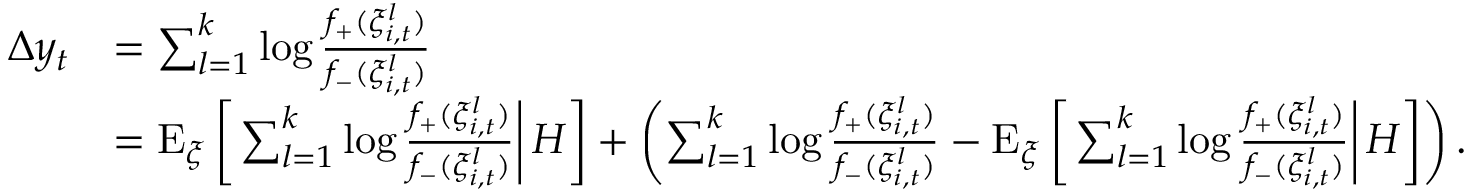
\begin{array} { r l } { \Delta y _ { t } } & { = \sum _ { l = 1 } ^ { k } \log \frac { f _ { + } ( \xi _ { i , t } ^ { l } ) } { f _ { - } ( \xi _ { i , t } ^ { l } ) } } \\ & { = \mathrm { E } _ { \xi } \left[ \left. \sum _ { l = 1 } ^ { k } \log \frac { f _ { + } ( \xi _ { i , t } ^ { l } ) } { f _ { - } ( \xi _ { i , t } ^ { l } ) } \right| H \right] + \left( \sum _ { l = 1 } ^ { k } \log \frac { f _ { + } ( \xi _ { i , t } ^ { l } ) } { f _ { - } ( \xi _ { i , t } ^ { l } ) } - \mathrm { E } _ { \xi } \left[ \left. \sum _ { l = 1 } ^ { k } \log \frac { f _ { + } ( \xi _ { i , t } ^ { l } ) } { f _ { - } ( \xi _ { i , t } ^ { l } ) } \right| H \right] \right) . } \end{array}